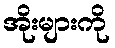
အိုးများကို